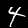
Digit: 4